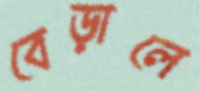
বেড়ালে